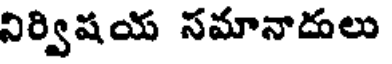
నిర్విషయ సమానాదులు